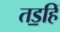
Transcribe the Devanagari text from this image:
तड॒हिं